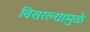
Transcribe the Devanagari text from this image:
विसरल्यामुळे